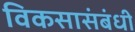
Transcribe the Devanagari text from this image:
विकसासंबंधी